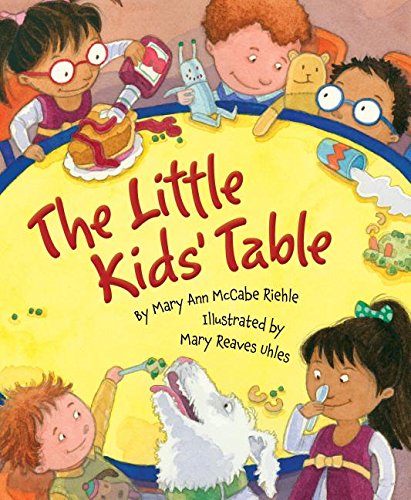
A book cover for The Little Kids' Table; Mary Ann McCabe Riehle; Children's Books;